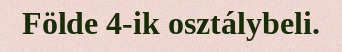
Földe 4-ik osztálybeli.